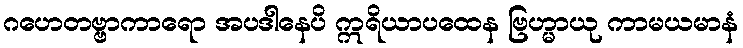
ဂဟေတဗ္ဗာကာရော အပဒါနေပိ ဣရိယာပထေန ဗြဟ္မာယု ကာမယမာနံ